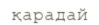
қарадай